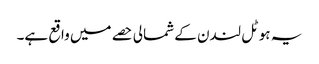
یہ ہوٹل لندن کے شمالی حصے میں واقع ہے۔